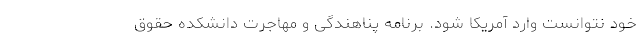
خود نتوانست وارد آمریکا شود. برنامه پناهندگی و مهاجرت دانشکده حقوق